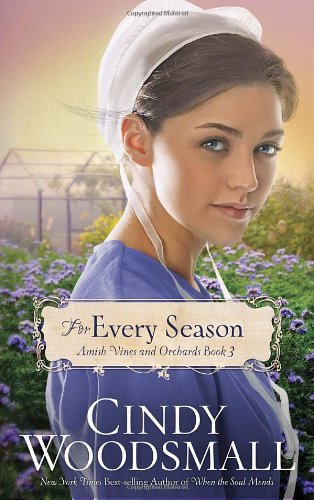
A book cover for For Every Season: Book Three in the Amish Vines and Orchards Series; Cindy Woodsmall; Romance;